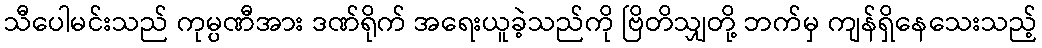
သီပေါမင်းသည် ကုမ္ပဏီအား ဒဏ်ရိုက် အရေးယူခဲ့သည်ကို ဗြိတိသျှတို့ ဘက်မှ ကျန်ရှိနေသေးသည့်